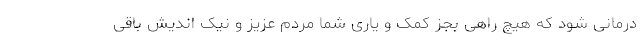
درمانی شود که هیچ راهی بجز کمک و یاری شما مردم عزیز و نیک اندیش باقی